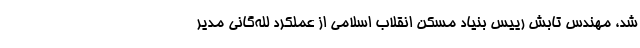
شد، مهندس تابش رییس بنیاد مسکن انقلاب اسلامی از عملکرد لله‌گانی مدیر